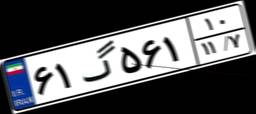
۶۱گ۵۶۱۱۰